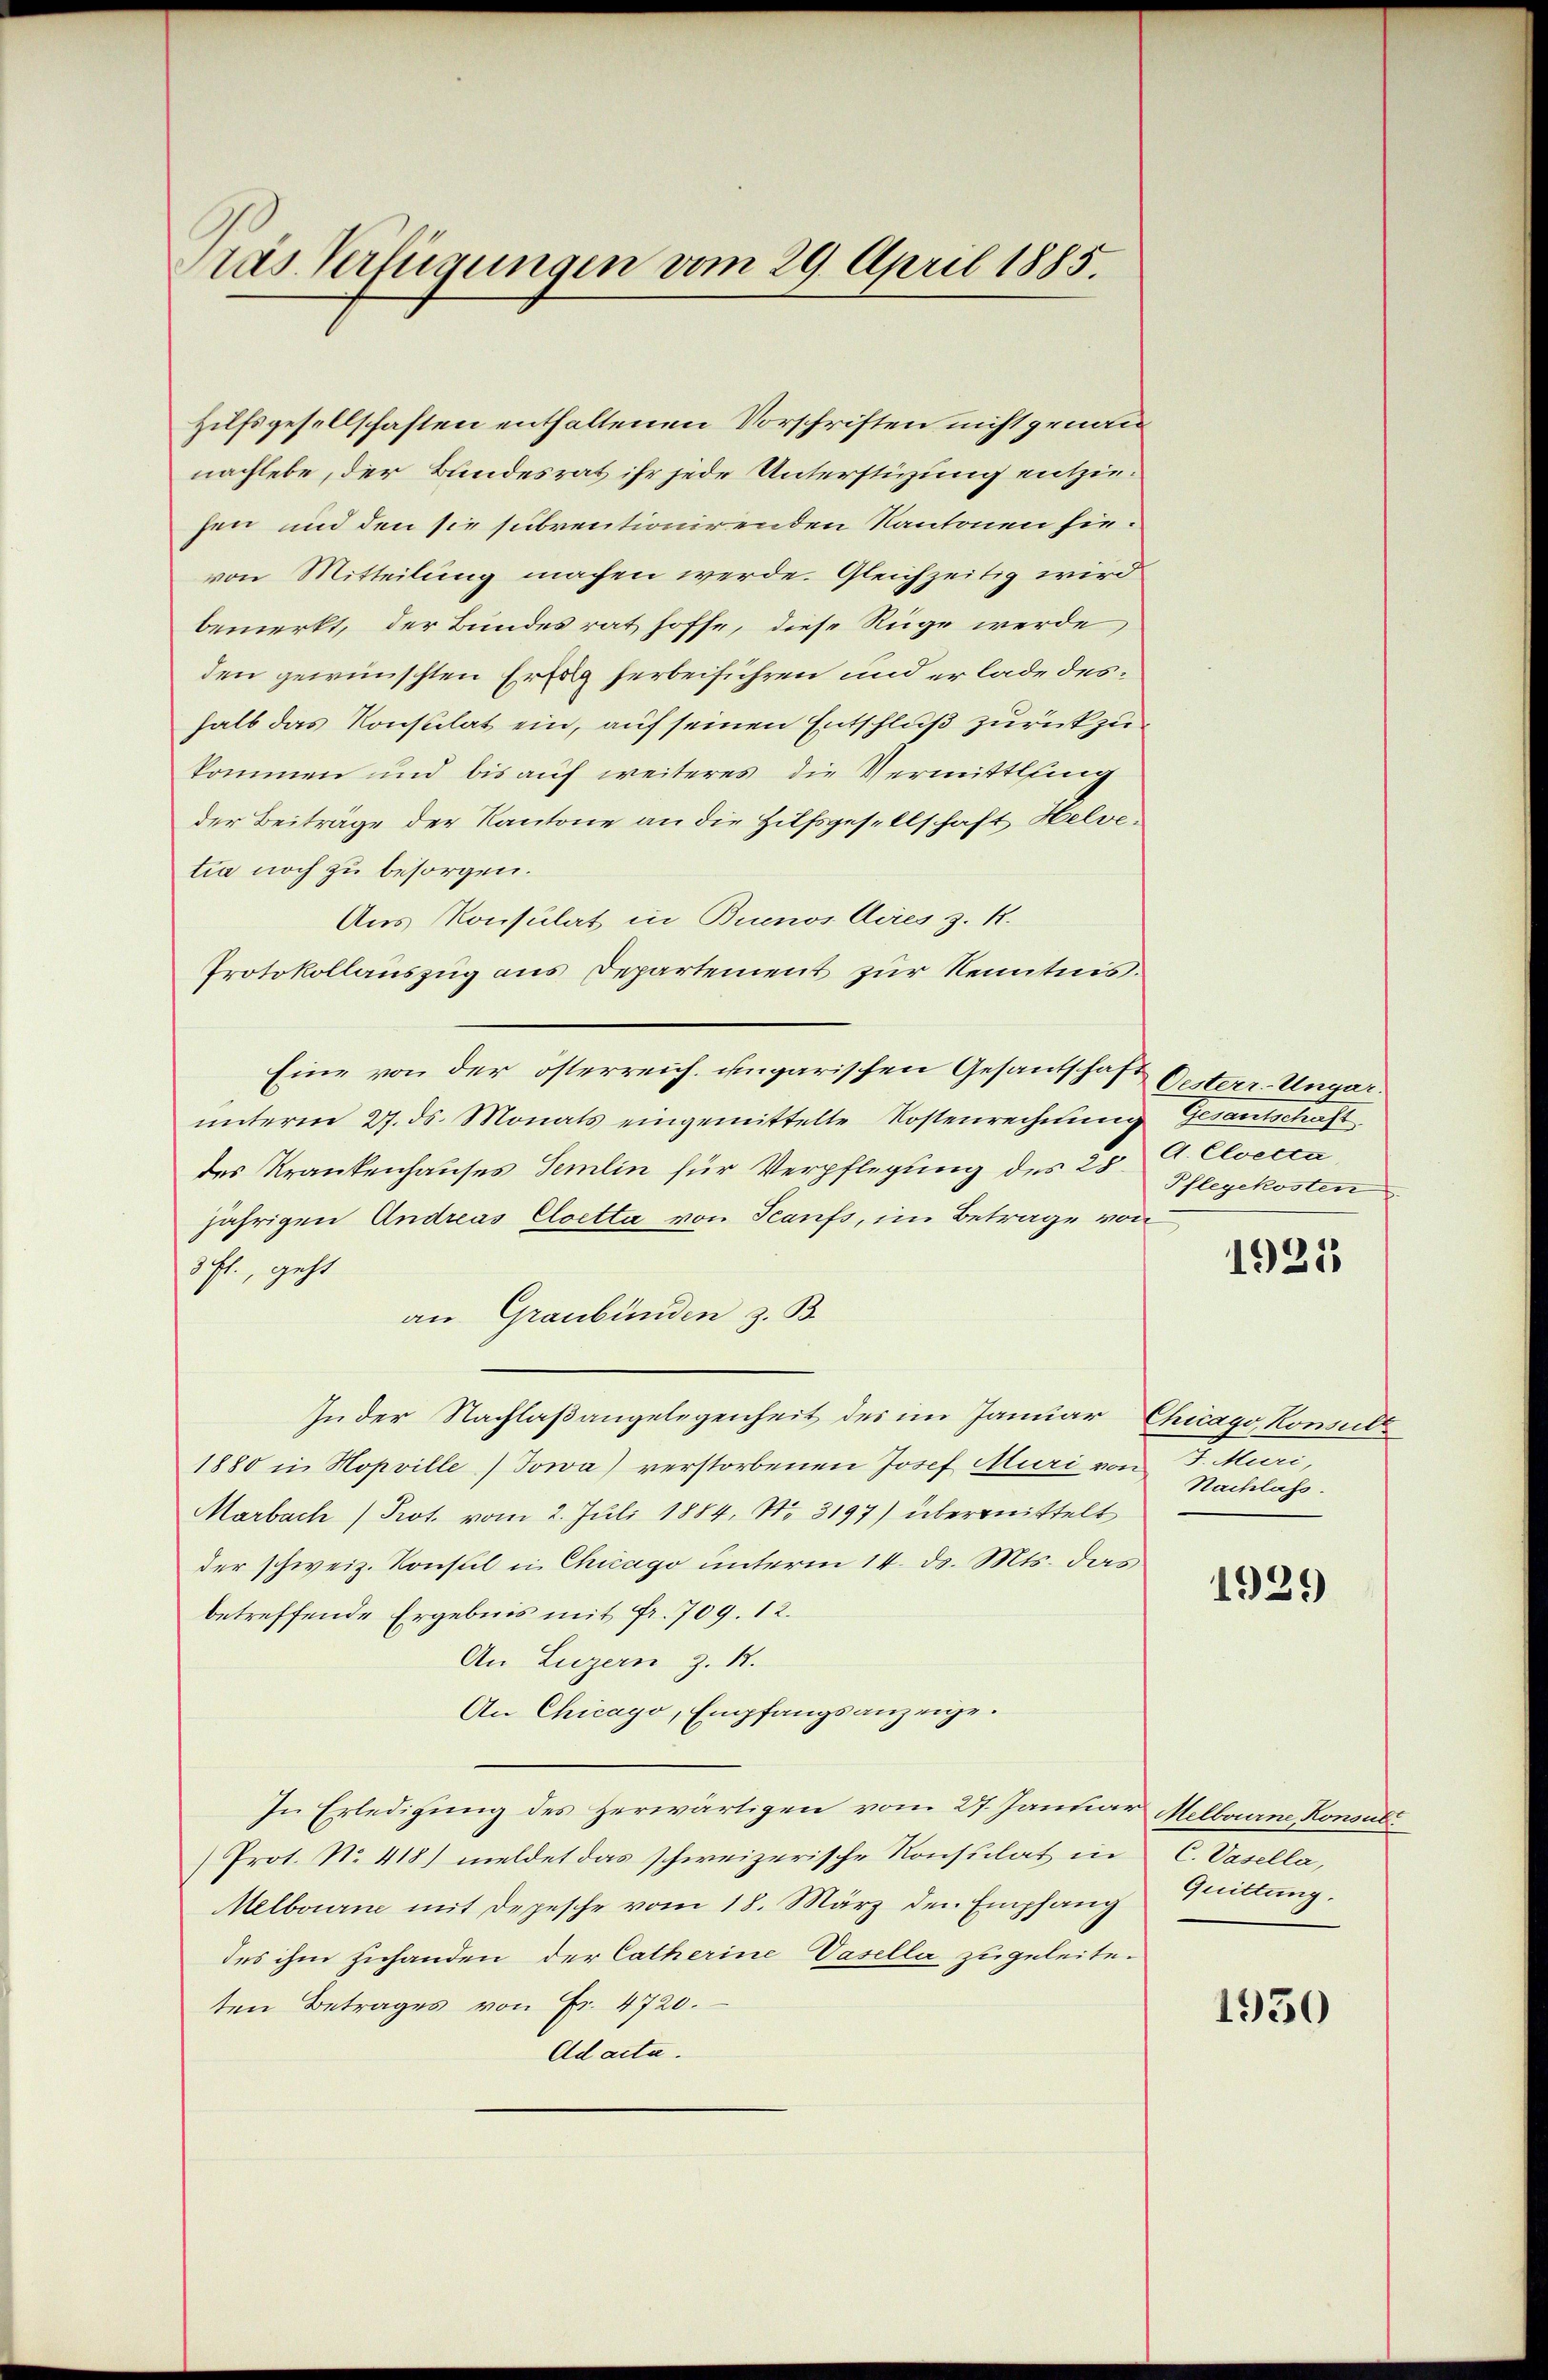
Pras Verfügungen vom 29. April 1885.

Hilfsgesellschaften enthaltenen Vorschriften nicht genann
nachlebe, der Bundesrat ihr jede Unterstüzung entziesen und den sie subventionirenden Kantonen sievon Mitteilung machen werde. Gleichzeitig wird
bemerkt, der Bundesrat hoffe, diese Rüge werde,
den gewünschten Erfolg herbeiführen und er lade deshalb das Konsulat ein, auf seinen Entschluß zurückzukommen und bis auf weiteres die Vermittling
der Beiträge der Kantone an die Hilfsgesellschaft Helvetia noch zu besorgen.
Aus Konsulat in Buenos Aires z. R.
Protokollauszug aus Departement zur Kenntnis.
Eine von der österreich. ungarischen Gesandschaft Oesterr. Ungarŭnterm 27. ds. Monats eingemittelte Kostenrechnung Gesantschaft
des Krankenhauses Semin für Verpflegung des 25. A. Cloecca
jährigen Andreas Cloetta von Seanfs, im Betrage von
3 fl., geht
an Graubünden z. B.
In der Nachlaßangelegenheit des im Januar Chicago, Konsult
1880 in Hopville (Sowa verstorbenen Josef Muri von F. Muri,
Marbach Prot. vom 2. Juli 1884, No. 3197) übermittelt
der schweiz. Konsul in Chicago unterm 14. d. Mts. das
betreffende Ergebnis mit Fr. 709. 12.
An Luzern Z. 12.
An Chicago, Empfangsanzeige.
In Erledigung des herwärtigen vom 27. Januar Melborne Konsul
Prot. N. 418) meldet das schweizerische Konsulat in C. Vasella,
Melbourne mit Depesche vom 18. März den Empfang
des ihm zuhanden der Catherine Vasella zugeleiteten Betrages von Fr. 4720.
Ad acta.

Pflegekosten

1921

Nachlass.

1929

Quittung.

1950